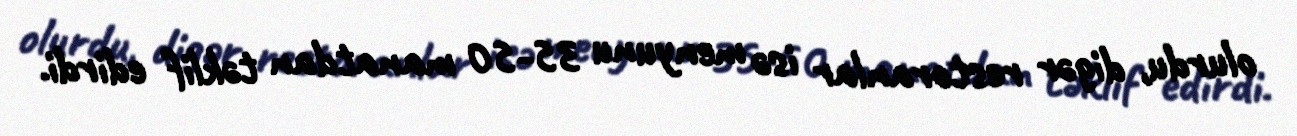
olurdu, digər restoranlar isə menyunu 35-50 manatdan təklif edirdi.